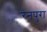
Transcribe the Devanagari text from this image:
रनपुरा